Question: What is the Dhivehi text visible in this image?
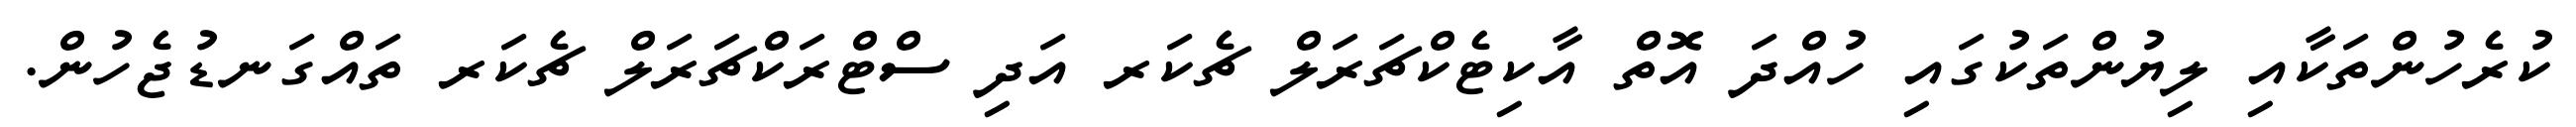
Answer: ކުރެހުންތަކާއި ލިޔުންތަކުގައި ހުއްދަ އޮތް އާކިޓެކްޗަރަލް ޗެކަރ އަދި ސްޓްރަކްޗަރަލް ޗެކަރ ތައްގަނޑުޖެހުން.